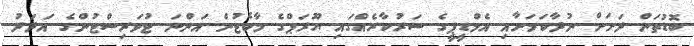
ބޮޑުތަން ދަށަށް ނުދާކަމަށާއި އެމްޑީޕީގެ ސަރުކާރެއްގައި ޔޫރަޕްގެ މާކެޓުން އަންނަ ޓުވަރިސްޓުންގެ އަދަދު